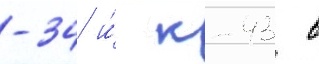
-34 и́ к-43 в